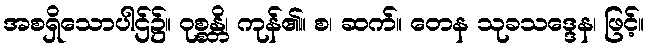
အစရှိသောပါဌ်၌။ ဝုစ္စန္တိ၊ ကုန်၏။ စ၊ ဆက်။ တေန သုခသဒ္ဒေန၊ ဖြင့်။